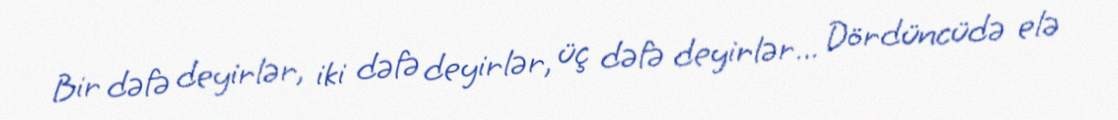
Bir dəfə deyirlər, iki dəfə deyirlər, üç dəfə deyirlər... Dördüncüdə elə